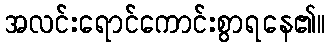
အလင်းရောင်ကောင်းစွာရနေ၏။